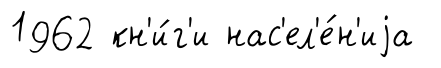
1962 кн'и́г'и нас'ел'е́н'иjа